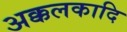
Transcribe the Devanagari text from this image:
अक्कलकादि